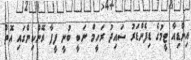
އިންޑިއާ ޓީމުގެ ޑިފެންޑަރު ސައިދު ރަހީމް ނަބީ ބުނީ ފީފާ ރޭންކިންގައި އޮތް